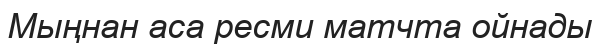
Мыңнан аса ресми матчта ойнады